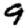
Digit: 9